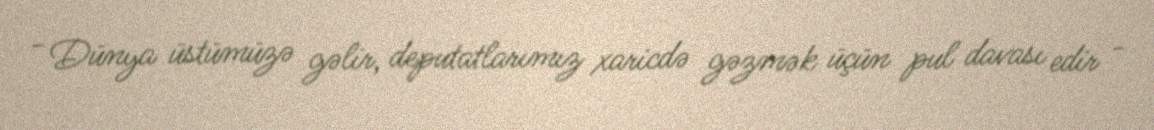
- Dünya üstümüzə gəlir, deputatlarımız xaricdə gəzmək üçün pul davası edir -